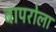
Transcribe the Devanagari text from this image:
बापरोला